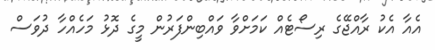
އެއާ އެކު ރާއްޖޭގެ ރިސޯޓެއް ކަމަށްވާ ވައްބިންފަރުން މީގެ ދޮޅު މަހެއްހާ ދުވަސް